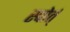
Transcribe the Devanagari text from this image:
स्पोर्त्